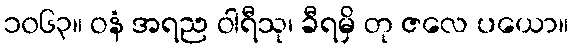
၁၀၆၃။ ဝနံ အရည ဝါရီသု၊ ခီရမှိ တု ဇလေ ပယော။